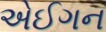
એઈગન